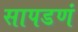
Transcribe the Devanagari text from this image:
सापडणं